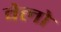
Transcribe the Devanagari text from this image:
वेलो